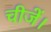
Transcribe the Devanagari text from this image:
चीजें।